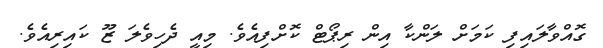
ގޮއްވާލައިފި ކަމަށް ލަންކާ އިން ރިޕޯޓް ކޮށްފިއެވެ. މިއީ ދެހިވެލަ ޒޫ ކައިރިއެވެ.